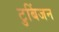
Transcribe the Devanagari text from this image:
टुबिंजन